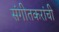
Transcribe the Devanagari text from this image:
संगीतकरांची